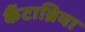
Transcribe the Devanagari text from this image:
कैंटाब्रिया